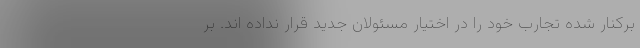
برکنار شده تجارب خود را در اختیار مسئولان جدید قرار نداده اند. بر